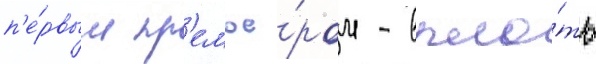
п'е́рвым пр'емье́ром - впло́ть